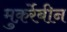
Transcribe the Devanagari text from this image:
मुक़र्रेबीन